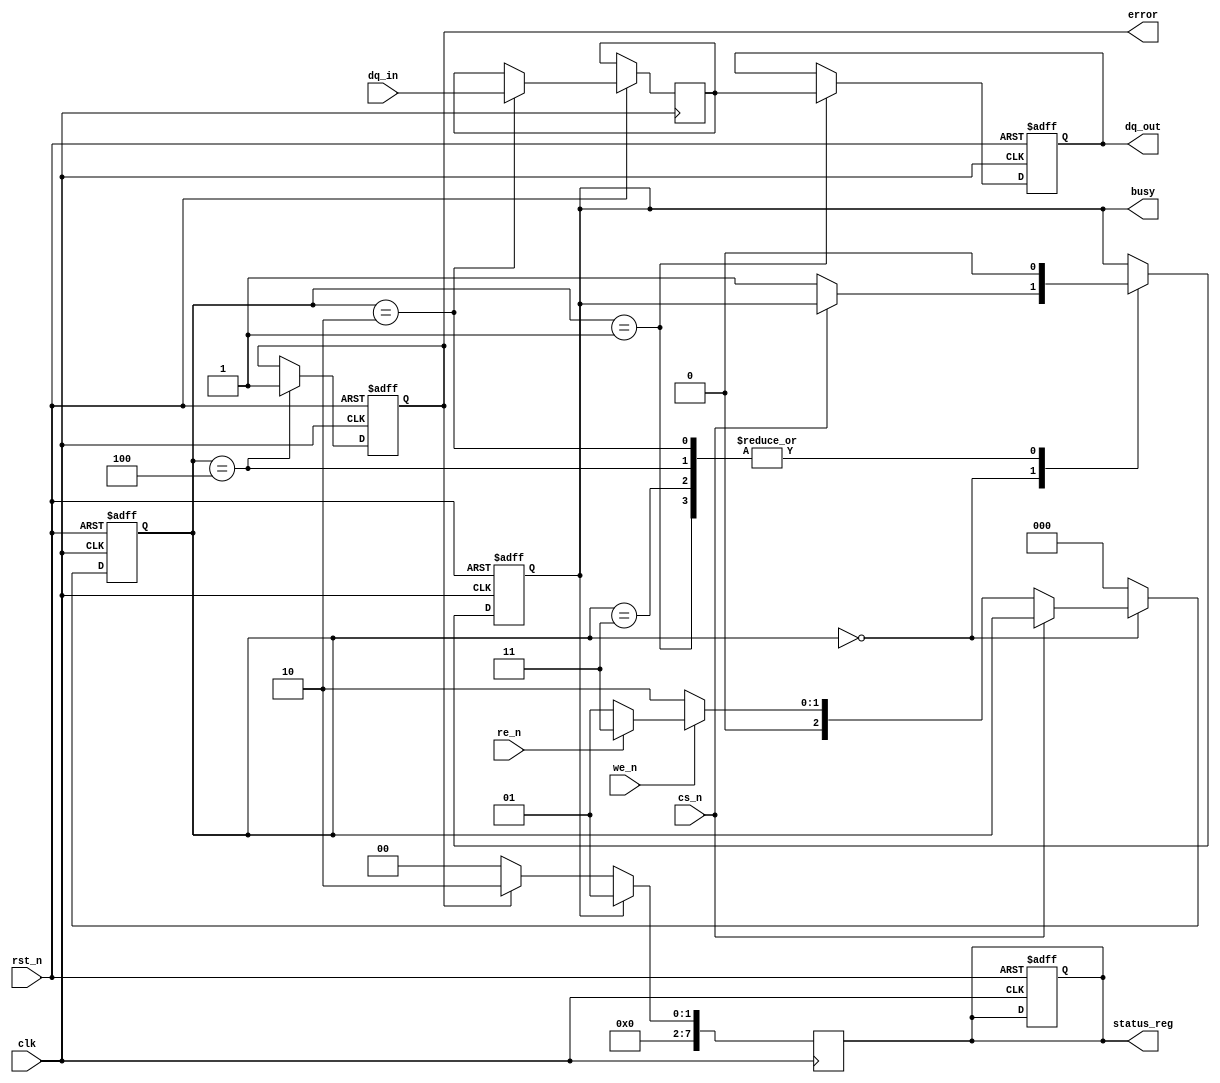
module slc_nand_io (
    input wire clk,                // System clock
    input wire rst_n,              // Active low reset
    input wire cs_n,               // Chip Select (active low)
    input wire we_n,               // Write Enable (active low)
    input wire re_n,               // Read Enable (active low)
    input wire [7:0] dq_in,        // Data input bus (8-bit)
    output reg [7:0] dq_out,       // Data output bus (8-bit)
    output reg busy,               // Busy status
    output reg error,              // Error status
    output reg [7:0] status_reg    // Status register
);

    // Internal signals
    reg [7:0] data_latch;          // Data latch for read/write operations
    reg [2:0] state;               // State machine for operation control

    // State encoding
    localparam IDLE      = 3'b000;
    localparam READ      = 3'b001;
    localparam WRITE     = 3'b010;
    localparam ERASE     = 3'b011;
    localparam ERROR     = 3'b100;

    // State machine for operation control
    always @(posedge clk or negedge rst_n) begin
        if (!rst_n) begin
            state <= IDLE;
            busy <= 1'b0;
            error <= 1'b0;
            dq_out <= 8'b0;
            status_reg <= 8'b0;
        end else begin
            case (state)
                IDLE: begin
                    if (!cs_n) begin
                        busy <= 1'b1;
                        if (!we_n) begin
                            state <= WRITE; // Write operation
                        end else if (!re_n) begin
                            state <= READ;  // Read operation
                        end else begin
                            state <= ERASE; // Erase operation
                        end
                    end
                end
                READ: begin
                    dq_out <= data_latch; // Output data from latch
                    busy <= 1'b0;
                    state <= IDLE;
                end
                WRITE: begin
                    data_latch <= dq_in;   // Latch input data
                    busy <= 1'b0;
                    state <= IDLE;
                end
                ERASE: begin
                    // Implement erase logic here
                    busy <= 1'b0;
                    state <= IDLE;
                end
                ERROR: begin
                    error <= 1'b1;         // Set error flag
                    busy <= 1'b0;
                    state <= IDLE;
                end
                default: state <= IDLE;
            endcase
        end
    end

    // Status register update logic
    always @(posedge clk) begin
        if (busy) begin
            status_reg <= 8'b00000001; // Busy status
        end else if (error) begin
            status_reg <= 8'b00000010; // Error status
        end else begin
            status_reg <= 8'b00000000; // No operation
        end
    end

endmodule